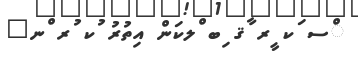
ްސ ަކ ީރ ާޤ ިބ ްލކަން އިތުރު ުކ ުރ ްނ"